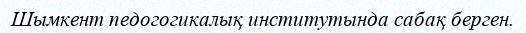
Шымкент педогогикалық институтында сабақ берген.